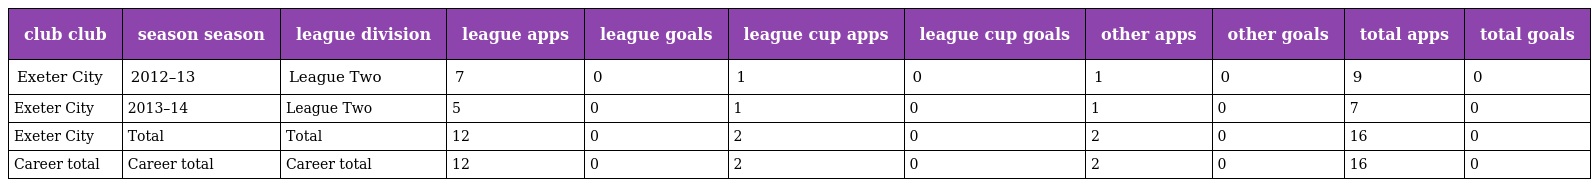
| club club | season season | league division | league apps | league goals | league cup apps | league cup goals | other apps | other goals | total apps | total goals |
 | --- | --- | --- | --- | --- | --- | --- | --- | --- | --- | --- |
 | Exeter City | 2012–13 | League Two | 7 | 0 | 1 | 0 | 1 | 0 | 9 | 0 |
 | Exeter City | 2013–14 | League Two | 5 | 0 | 1 | 0 | 1 | 0 | 7 | 0 |
 | Exeter City | Total | Total | 12 | 0 | 2 | 0 | 2 | 0 | 16 | 0 |
 | Career total | Career total | Career total | 12 | 0 | 2 | 0 | 2 | 0 | 16 | 0 |